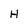
Character: H